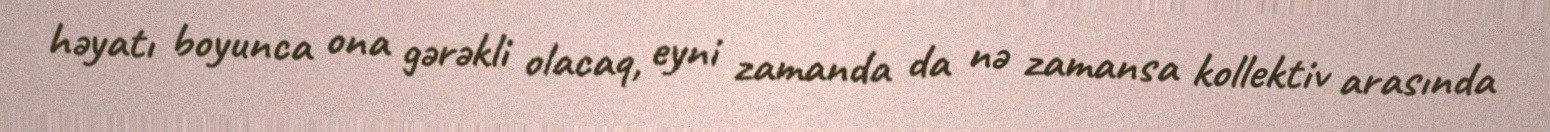
həyatı boyunca ona gərəkli olacaq, eyni zamanda da nə zamansa kollektiv arasında